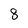
Character: 8